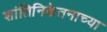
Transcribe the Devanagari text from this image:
शांतिनिकेतनाच्या